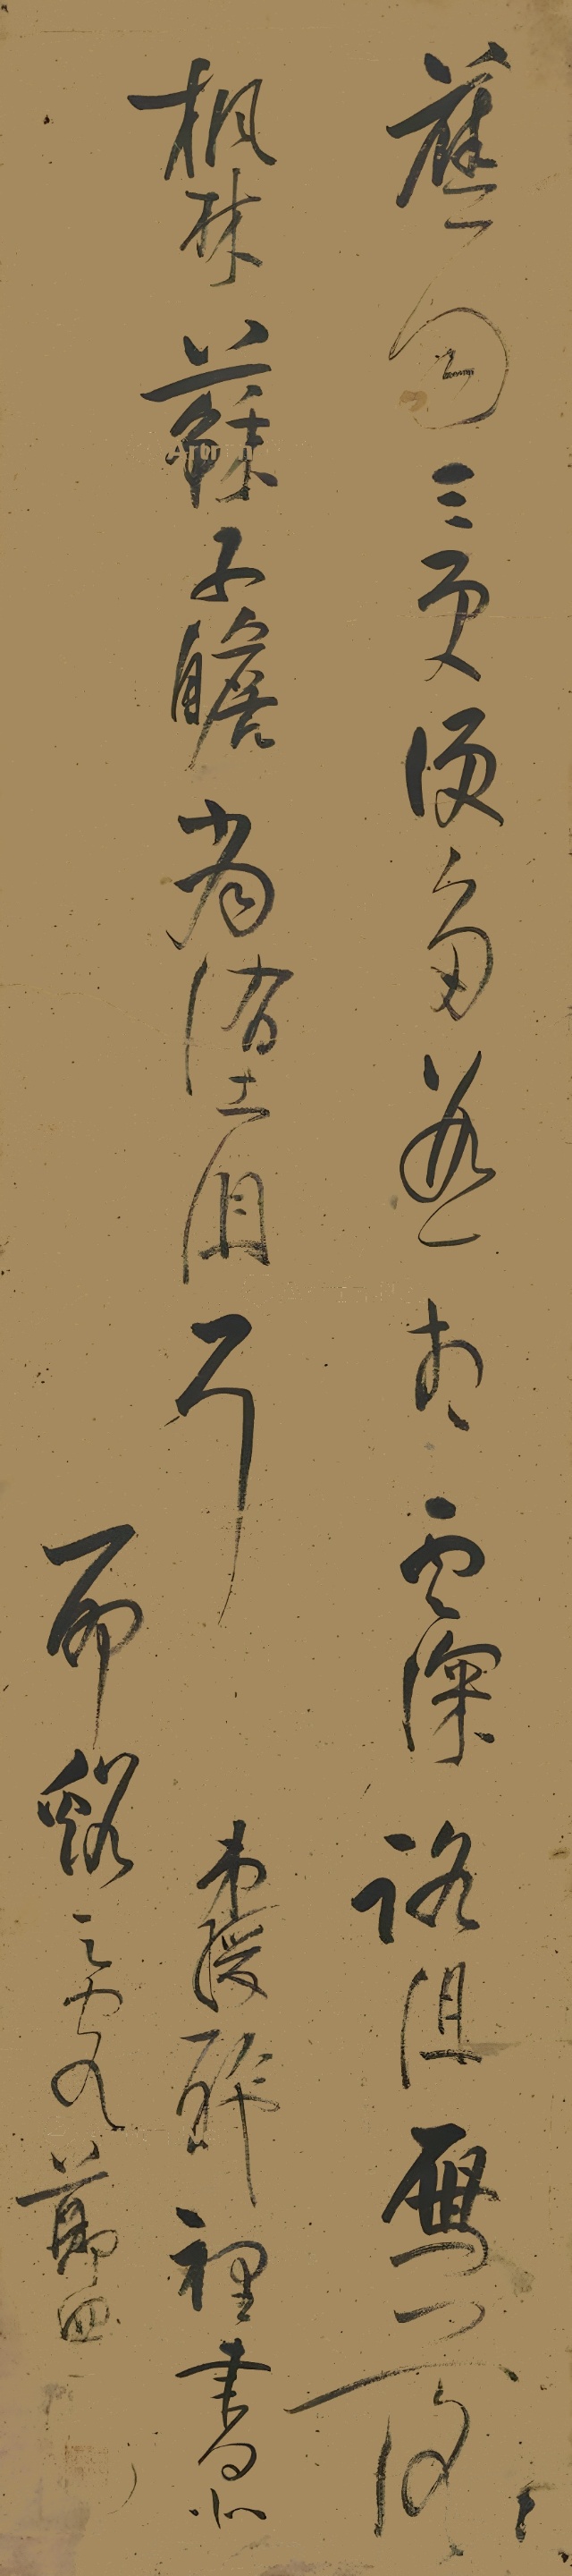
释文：蕉雨三更便多遐想，云深路阻雁落枫林。苏子瞻当堕泪耳！弟绶醉里书似耶溪之客郑四。